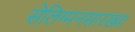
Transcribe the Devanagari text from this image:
सेलिग्मनसारख्या